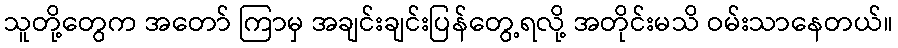
သူတို့တွေက အတော် ကြာမှ အချင်းချင်းပြန်တွေ့ရလို့ အတိုင်းမသိ ဝမ်းသာနေတယ်။